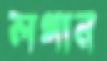
লগান